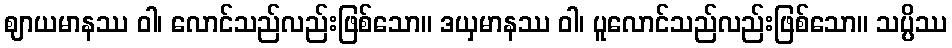
ဈာယမာနဿ ဝါ၊ လောင်သည်လည်းဖြစ်သော။ ဒယှမာနဿ ဝါ၊ ပူလောင်သည်လည်းဖြစ်သော။ သပ္ပိဿ